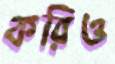
করিও